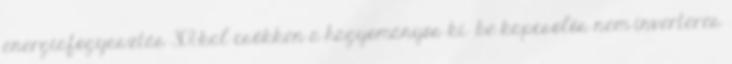
energiafogyasztás 30%-kal csökken a hagyományos ki be kapcsolós nem inverteres